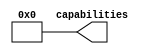
module gen_capabilities(
	output [31:0] capabilities
);

wire memorycard;
wire ac97;
wire pfpu;
wire tmu;
wire ethernet;
wire fmlmeter;
wire videoin;
wire midi;
wire dmx;
wire ir;
wire usb;
wire memtest;

assign capabilities = {
	20'd0,
	memtest,
	usb,
	ir,
	dmx,
	midi,
	videoin,
	fmlmeter,
	ethernet,
	tmu,
	pfpu,
	ac97,
	memorycard
};

`ifdef ENABLE_MEMORYCARD
assign memorycard = 1'b1;
`else
assign memorycard = 1'b0;
`endif

`ifdef ENABLE_AC97
assign ac97 = 1'b1;
`else
assign ac97 = 1'b0;
`endif

`ifdef ENABLE_PFPU
assign pfpu = 1'b1;
`else
assign pfpu = 1'b0;
`endif

`ifdef ENABLE_TMU
assign tmu = 1'b1;
`else
assign tmu = 1'b0;
`endif

`ifdef ENABLE_ETHERNET
assign ethernet = 1'b1;
`else
assign ethernet = 1'b0;
`endif

`ifdef ENABLE_FMLMETER
assign fmlmeter = 1'b1;
`else
assign fmlmeter = 1'b0;
`endif

`ifdef ENABLE_VIDEOIN
assign videoin = 1'b1;
`else
assign videoin = 1'b0;
`endif

`ifdef ENABLE_MIDI
assign midi = 1'b1;
`else
assign midi = 1'b0;
`endif

`ifdef ENABLE_DMX
assign dmx = 1'b1;
`else
assign dmx = 1'b0;
`endif

`ifdef ENABLE_IR
assign ir = 1'b1;
`else
assign ir = 1'b0;
`endif

`ifdef ENABLE_USB
assign usb = 1'b1;
`else
assign usb = 1'b0;
`endif

`ifdef ENABLE_MEMTEST
assign memtest = 1'b1;
`else
assign memtest = 1'b0;
`endif

endmodule